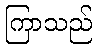
ကြာသည်